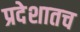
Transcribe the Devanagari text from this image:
प्रदेशातच